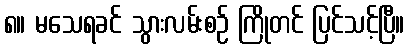
၈။ မသေရခင် သွားလမ်းစဉ် ကြိုတင် ပြင်သင့်ပြီ။